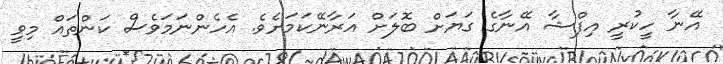
އޭނާ ހީކުރީ އިފްޝާ އޭނާގެ ގަޔަށް ބޮލަށް އަރާނޭކަމަށެވެ. އެހެންނަމަވެސް ކަންތައް މިވީ